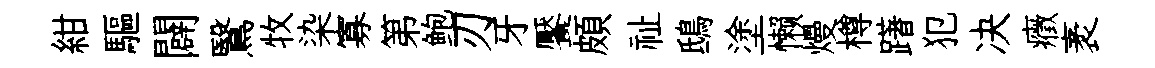
紺驅闢鷖牧染寡第鲍刃牙饜頗祉鴟塗懒熳樽躇犯决癥袤